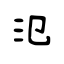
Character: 氾